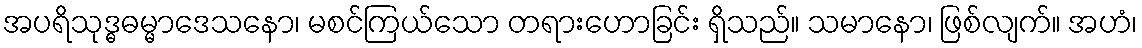
အပရိသုဒ္ဓဓမ္မာဒေသနော၊ မစင်ကြယ်သော တရားဟောခြင်း ရှိသည်။ သမာနော၊ ဖြစ်လျက်။ အဟံ၊